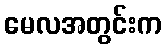
မေလအတွင်းက